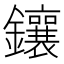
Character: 鑲